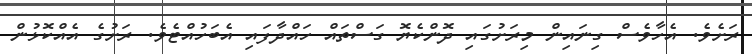
ރަށެވެ. އެހާވެސް ގިނައިން މިރަށުގައި ދޮންކެޔޮ ގަސްތައް ހައްދާފައި އެބަހުއްޓެވެ. ރަށުގެ އެއްކޮޅުން